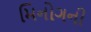
મિનોગની